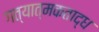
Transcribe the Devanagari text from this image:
गत्यात्मकताद्ध